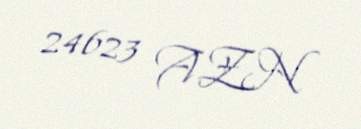
24623 AZN